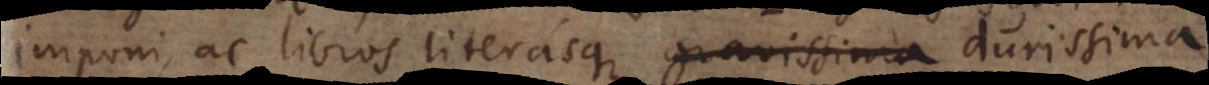
imponi, ac libros literasque gravissima durissima